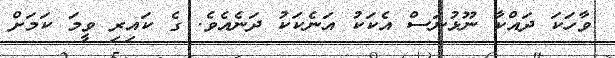
ވާހަކަ ދައްކާ ނޫޅުނަސް އެކަކު އަނެކަކު ދަނެއެވެ. ގެ ކައިރި ވީމަ ކަމަށް